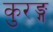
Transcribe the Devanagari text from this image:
कुरङ्ग